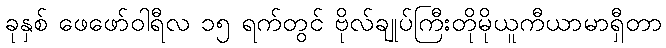
ခုနှစ် ဖေဖော်ဝါရီလ ၁၅ ရက်တွင် ဗိုလ်ချုပ်ကြီးတိုမိုယူကီယာမာရှီတာ